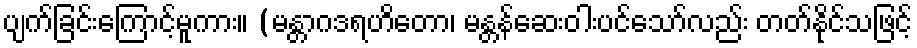
ပျက်ခြင်းကြောင့်မူကား။ (မန္တာဂဒရဟိတော၊ မန္တန်ဆေးဝါးပင်သော်လည်း တတ်နိုင်သဖြင့်